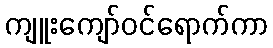
ကျူးကျော်ဝင်ရောက်ကာ